Lunatic asylums Central Provinces reports 1874-1885 - 1874-1885
Year: 1874
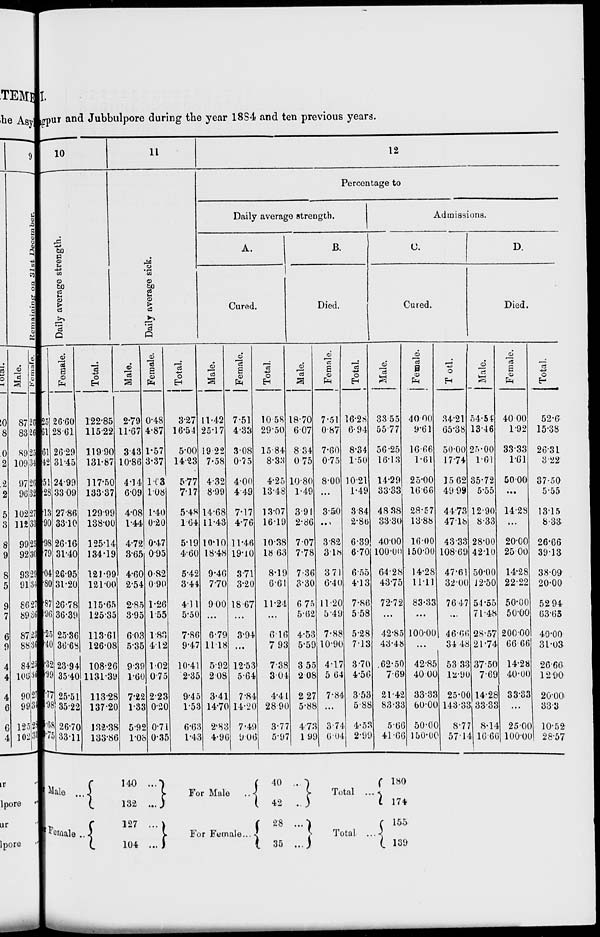
I.
Nagpur and Jubbulpore during the year 1884 and ten previous years.
10
Daily average strength.
Males.
25
61
.61
.42
.51
.28
.13
.90
.98
.79
.04
.80
.87
.96
.25
.40
4.32
5.99
7.77
1.98
5.68
0.75
Female.
26.60
28.61
26.29
31.45
24.99
33.09
27.86
33.10
26.16
31.40
26.95
31.20
26.78
36.39
25.36
36.68
23.94
35.40
25.51
35.22
26.70
33.11
Total.
122.85
115.22
119.90
131.87
117.50
133.37
129.99
138.00
125.14
134.19
121.99
121.00
115.65
125.35
113.61
126.08
108.26
1131.39
113.28
137.20
132.38
133.86
11
Daily average sick.
Male.
2.79
11.67
3.43
10.86
4.14
6.09
4.08
1.44
4.72
3.65
4.60
2.54
2.85
3.95
6.03
5.35
9.39
1.60
7.22
1.33
5.92
1.08
Female.
0.48
4.87
1.57
3.37
1.03
1.08
1.40
0.20
0.47
0.95
0.82
0.90
1.26
1.55
1.85
4.12
1.02
0.75
2.23
0.20
0.71
0.35
Total.
3.27
16.54
5.00
14.23
5.77
7.17
5.48
1.64
5.19
4.60
5.42
3.44
4.11
5.50
7.86
9.47
10.41
2.35
9.45
1.53
6.63
1.43
12
Percentage to
Daily average strength.
A.
Cured.
Male.
11.42
25.17
19.22
7.58
4.32
8.99
14.68
11.43
10.10
18.48
9.46
7.70
9.00
...
6.79
11.18
5.92
2.08
3.41
14.70
2.83
4.96
Female.
7.51
4.33
3.08
0.75
4.00
4.49
7.17
4.76
11.46
19.10
3.71
3.20
18.67
...
3.94
...
12.53
5.64
7.84
14.20
7.49
9.06
Total.
10.58
29.50
15.84
8.33
4.25
13.48
13.07
16.19
10.38
18.63
8.19
6.61
11.24
...
6.16
7.93
7.38
3.04
4.41
28.90
3.77
5.97
B.
Died.
Male.
18.70
6.07
8.34
0.75
10.80
1.49
3.91
2.86
7.07
7.78
7.36
3.30
6.75
5.62
4.53
5.59
3.55
2.08
2.27
5.88
4.73
1.99
Female.
7.51
0.87
7.60
0.75
8.00
...
3.50
...
3.82
3.18
3.71
6.40
11.20
5.49
7.88
10.90
4.17
5.64
7.84
...
3.74
6.04
Total.
16.28
6.94
8.34
1.50
10.21
1.49
3.84
2.86
6.39
6.70
6.55
4.13
7.86
5.58
5.28
7.13
3.70
4.56
3.53
5.88
4.53
2.99
Admissions.
C.
Cured.
Male.
33.55
55.77
56.25
16.13
14.29
33.33
48.38
33.30
40.00
100.00
64.28
43.75
72.72
...
42.85
43.48
62.50
7.69
21.42
83.33
5.66
41.66
Female.
40.00
9.61
16.66
1.61
25.00
16.66
28.57
13.88
16.00
150.00
14.28
11.11
83.33
...
100.00
...
42.85
40.00
33.33
60.00
50.00
150.00
Total.
34.21
65.38
50.00
17.74
15.62
49.99
44.73
47.18
43.33
108.69
47.61
32.00
76.47
...
46.66
34.48
53.33
12.90
25.00
143.33
8.77
57.14
D.
Died.
Male.
54.54
13.46
25.00
1.61
35.72
5.55
12.90
8.33
28.00
42.10
50.00
12.50
54.55
71.48
28.57
21.74
37.50
7.69
14.28
33.33
8.14
16.66
Female.
40.00
1.92
33.33
1.61
50.00
...
14.28
...
20.00
25.00
14.28
22.22
50.00
50.00
200.00
66.66
14.28
40.00
33.33
...
25.00
100.00
Total.
52.6
15.38
26.31
3.22
37.50
5.55
13.15
8.33
26.66
39.13
38.09
20.00
52.94
63.65
40.00
31.03
26.66
12.90
20.00
33.3
10.52
28.57
Male ...
Female ...
140 ...
132 ...
127 ...
104 ...
For Male
...
For Female ...
40 ...
42 ...
28 ...
35 ....
Total
...
Total ...
180
174
155
139